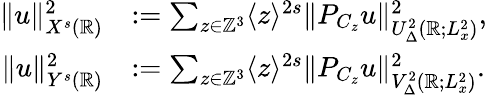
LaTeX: \begin{array}{rl}{\| u\| _{X^{s}(\mathbb{R})}^{2}}&{:=\sum_{z\in\mathbb{Z}^{3}}\langle z\rangle^{2s}\| P_{C_{z}}u\| _{U_{\Delta}^{2}(\mathbb{R};L_{x}^{2})}^{2},}\\ {\| u\| _{Y^{s}(\mathbb{R})}^{2}}&{:=\sum_{z\in\mathbb{Z}^{3}}\langle z\rangle^{2s}\| P_{C_{z}}u\| _{V_{\Delta}^{2}(\mathbb{R};L_{x}^{2})}^{2}.}\end{array}